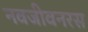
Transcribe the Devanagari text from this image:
नवजीवनरस